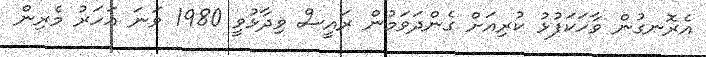
އެރޮނގުން ވާހަކަފުޅު ކުރިއަށް ގެންދަވަމުން ރައީސް ވިދާޅުވީ 1980 ވަނަ އަހަރު މެރިން